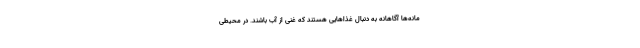
مانه‌ها آگاهانه به دنبال غذاهایی هستند که غنی از آب باشند. در محیطی